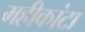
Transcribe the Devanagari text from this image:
महीकांटा